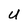
Character: U